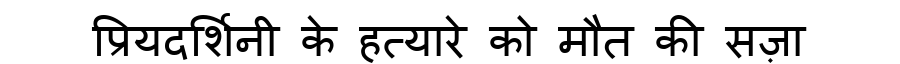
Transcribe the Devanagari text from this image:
प्रियदर्शिनी के हत्यारे को मौत की सज़ा